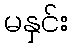
မနှင်း